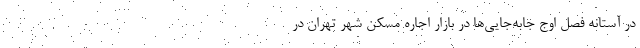
در آستانه فصل اوج جابه‌‌جایی‌‌ها در بازار اجاره مسکن شهر تهران در